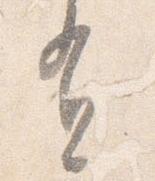
有